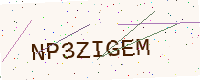
Text: NP3ZIGEM